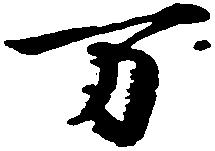
万